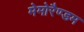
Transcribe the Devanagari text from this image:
मेमोरैण्डम